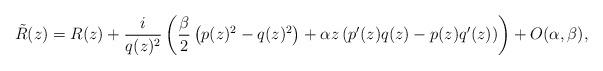
LaTeX: \begin{align*}{\tilde R}(z) = R(z) + \frac{i}{q(z)^2} \left(\frac{\beta}{2} \left(p(z)^2 - q(z)^2 \right) + \alpha z \left(p^\prime(z) q(z) - p(z) q^\prime(z)\right)\right) + O(\alpha, \beta),\end{align*}